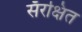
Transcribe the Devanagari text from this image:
सँरक्षित